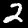
Digit: 2